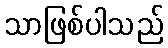
သာဖြစ်ပါသည်